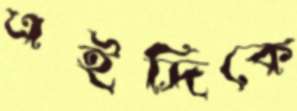
এইদিকে